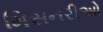
મિસનરીઓ